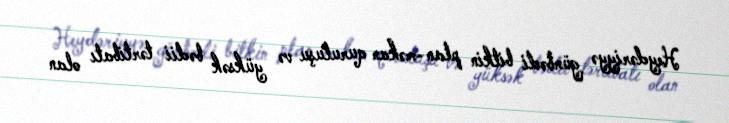
Heydəriyyə günbədi bitkin plan-məkan quruluşu və yüksək bədii tərtibatı olan